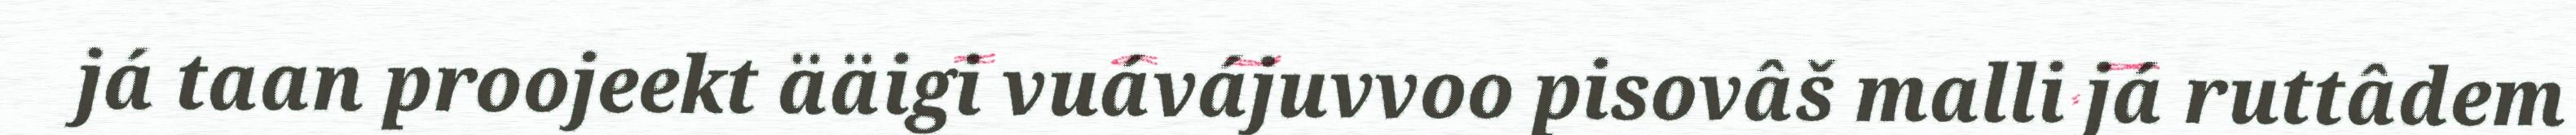
já taan proojeekt ääigi vuávájuvvoo pisovâš malli já ruttâdem